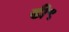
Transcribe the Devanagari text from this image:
डी९